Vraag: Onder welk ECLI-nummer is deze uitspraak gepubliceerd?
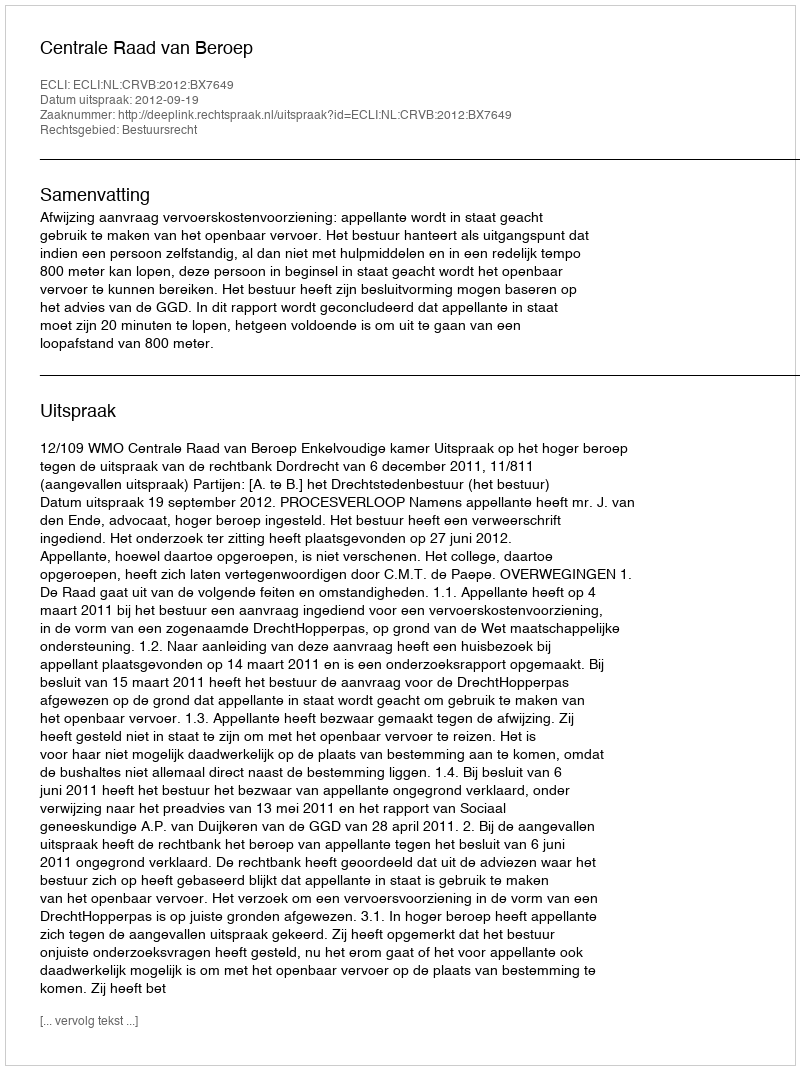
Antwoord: ECLI:NL:CRVB:2012:BX7649